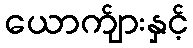
ယောက်ျားနှင့်